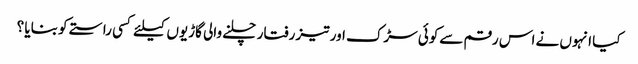
کیا انہوں نے اس رقم سےکوئی سڑک اور تیز رفتار چلنے والی گاڑیوں کیلئے کسی راستے کو بنایا ؟